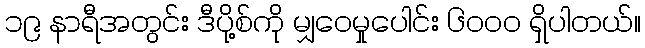
၁၉ နာရီအတွင်း ဒီပို့စ်ကို မျှဝေမှုပေါင်း ၆၀၀၀ ရှိပါတယ်။